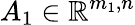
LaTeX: A_{1}\in\mathbb{R}^{m_{1},n}